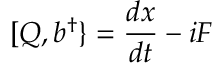
[ Q , b ^ { \dagger } \} = { \frac { d x } { d t } } - i F